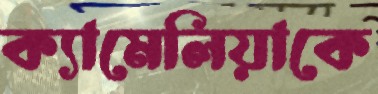
ক্যামেলিয়াকে